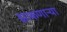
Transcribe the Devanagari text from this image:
झाकणाऱ्या